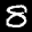
Label: 8